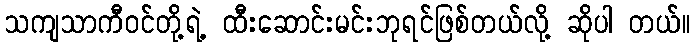
သကျသာကီဝင်တို့ရဲ့ ထီးဆောင်းမင်းဘုရင်ဖြစ်တယ်လို့ ဆိုပါ တယ်။